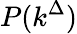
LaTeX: P(k^{\Delta})